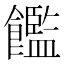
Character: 𫗝